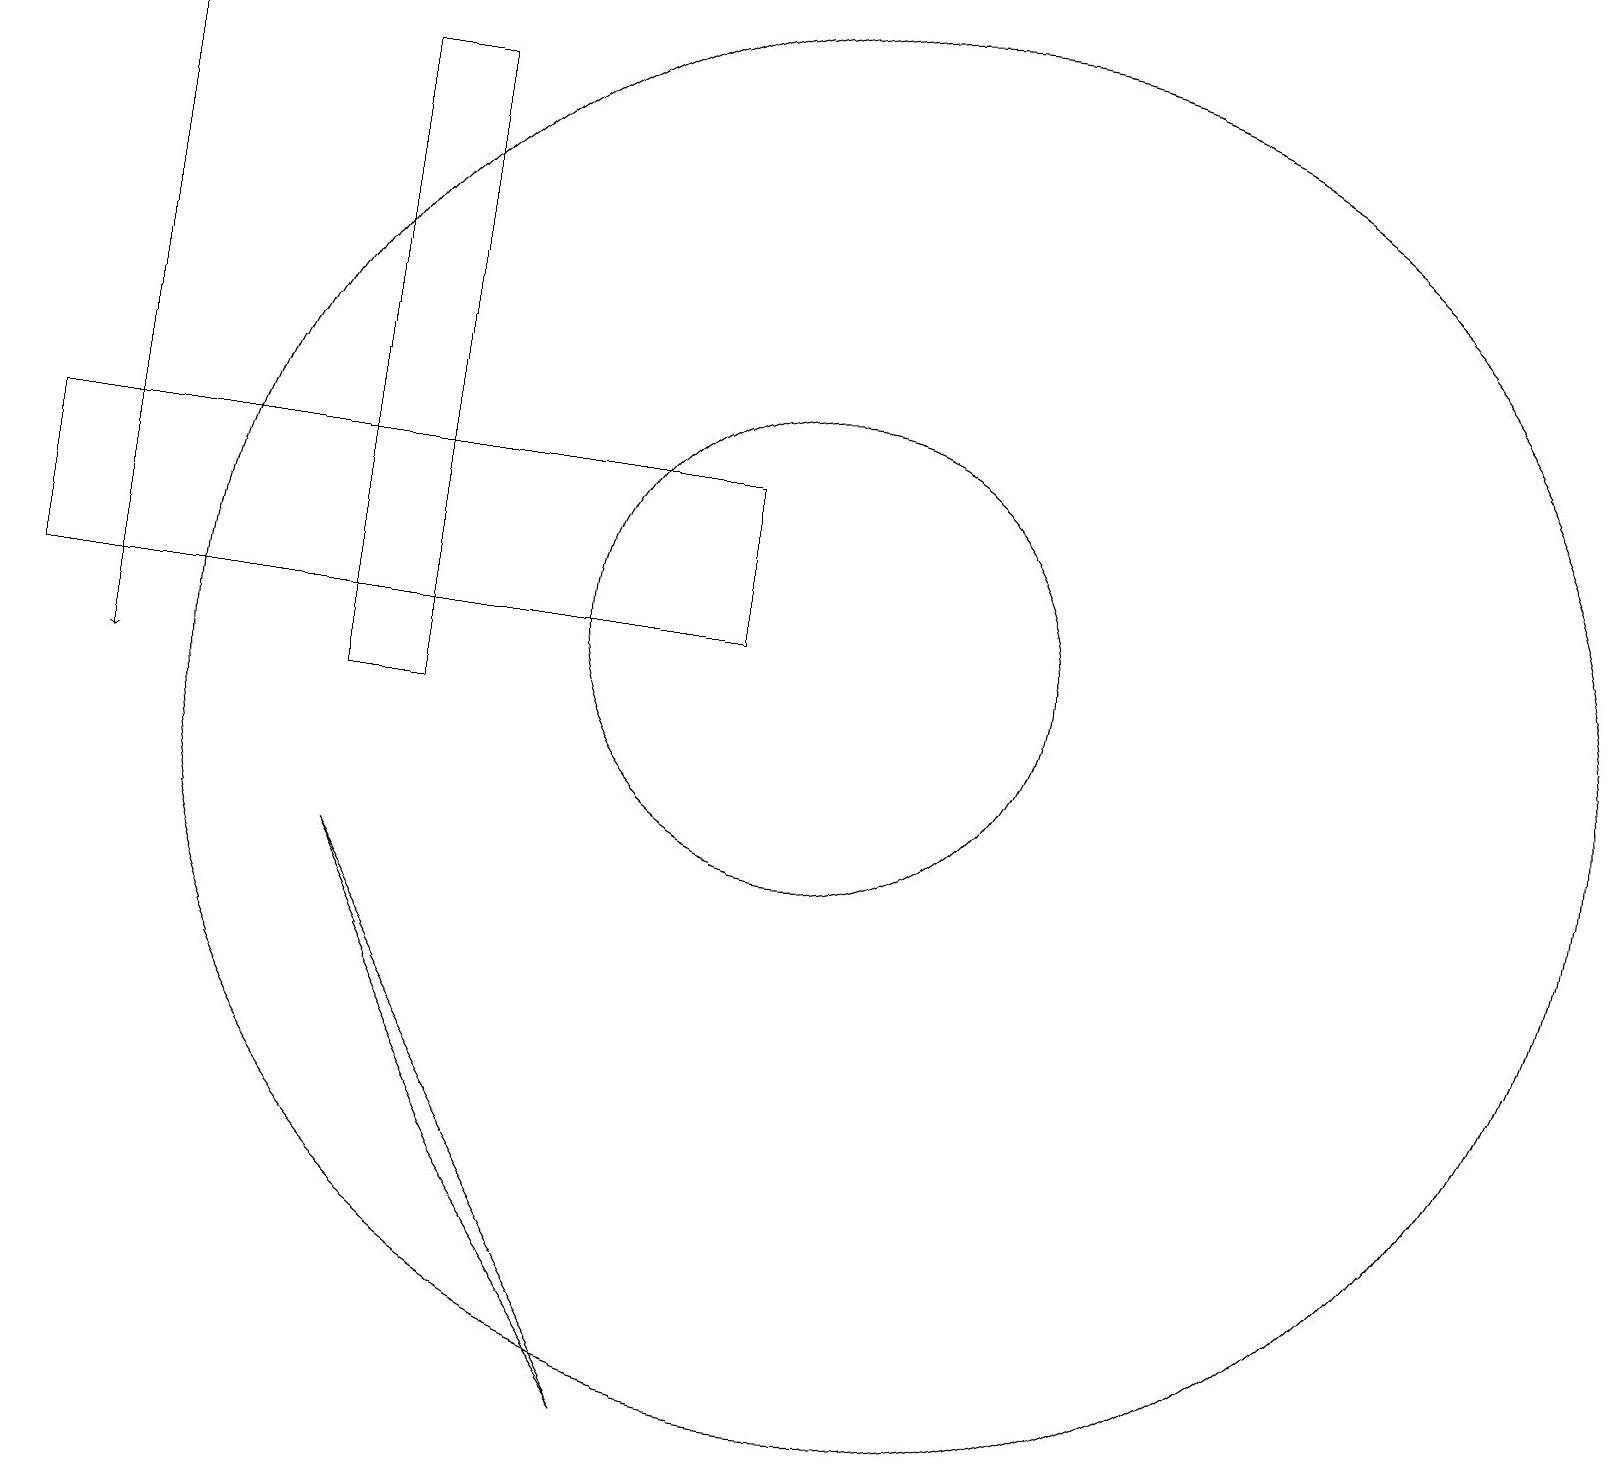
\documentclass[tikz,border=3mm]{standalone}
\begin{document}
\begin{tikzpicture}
\draw[->] (1,19) -- (1,10);
\draw (1,19) rectangle (7,19);
\draw (8,1) -- (4,8) -- (6,4) -- cycle;
\draw (10,11) circle (3);
\draw (11,10) circle (9);
\draw (9,13) rectangle (0,11);
\draw (4,10) rectangle (5,18);
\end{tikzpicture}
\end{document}